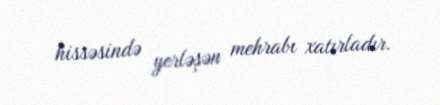
hissəsində yerləşən mehrabı xatırladır.